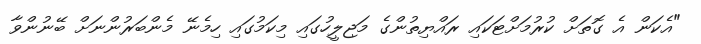
"އެކަން އެ ގޮތަށް ކުރުމަށްޓަކައި ރައްޔިތުންގެ މަޖިލީހުގައި މިކަމުގައި ހިމެނޭ މެންބަރުންނަށް ބޭނުންވާ